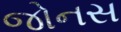
જોનસ